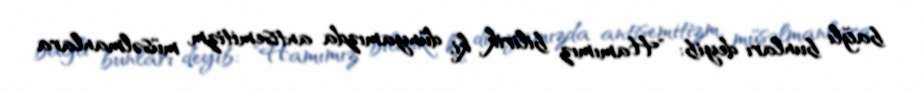
bağlı bunları deyib: "Hamımız bilirik ki, dünyamızda antisemitizm, müsəlmanlara